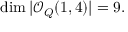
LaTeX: \dim | { \mathcal O } _ { Q } ( 1 , 4 ) | = 9 .